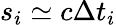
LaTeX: s_{i}\simeq c\Delta t_{i}